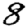
Digit: 8